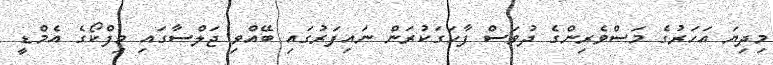
މިދިޔަ އަހަރުގެ މަސްވެރިންގެ ދުވަސް ފާހަގަކުރަން ނައިފަރުގައި ބޭއްވި ޖަލްސާގައި މިފްކޯގެ އެމްޑީ